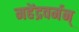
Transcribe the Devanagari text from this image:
महेंद्रवर्मन्‌